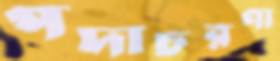
পদাচরণা